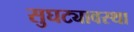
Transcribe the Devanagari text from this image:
सुघट्यावस्था